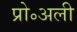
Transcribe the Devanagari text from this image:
प्रो॰अली